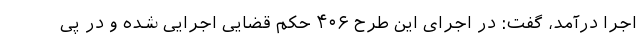
اجرا درآمد، گفت: در اجرای این طرح ۴۰۶ حکم قضایی اجرایی شده و در پی